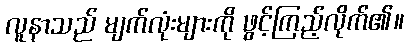
လူနာသည် မျက်လုံးများကို ဖွင့်ကြည့်လိုက်၏။